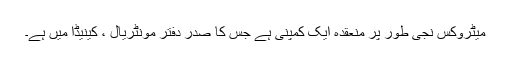
میٹروکس نجی طور پر منعقدہ ایک کمپنی ہے جس کا صدر دفتر مونٹریال ، کینیڈا میں ہے۔